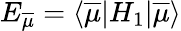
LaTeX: E_{\overline{{\mu}}}=\langle\overline{{\mu}}|{H_{1}}|\overline{{\mu}}\rangle